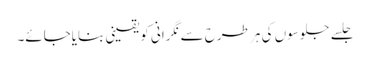
جلسے جلوسوں کی ہر طرح سے نگرانی کویقینی بنایاجائے۔